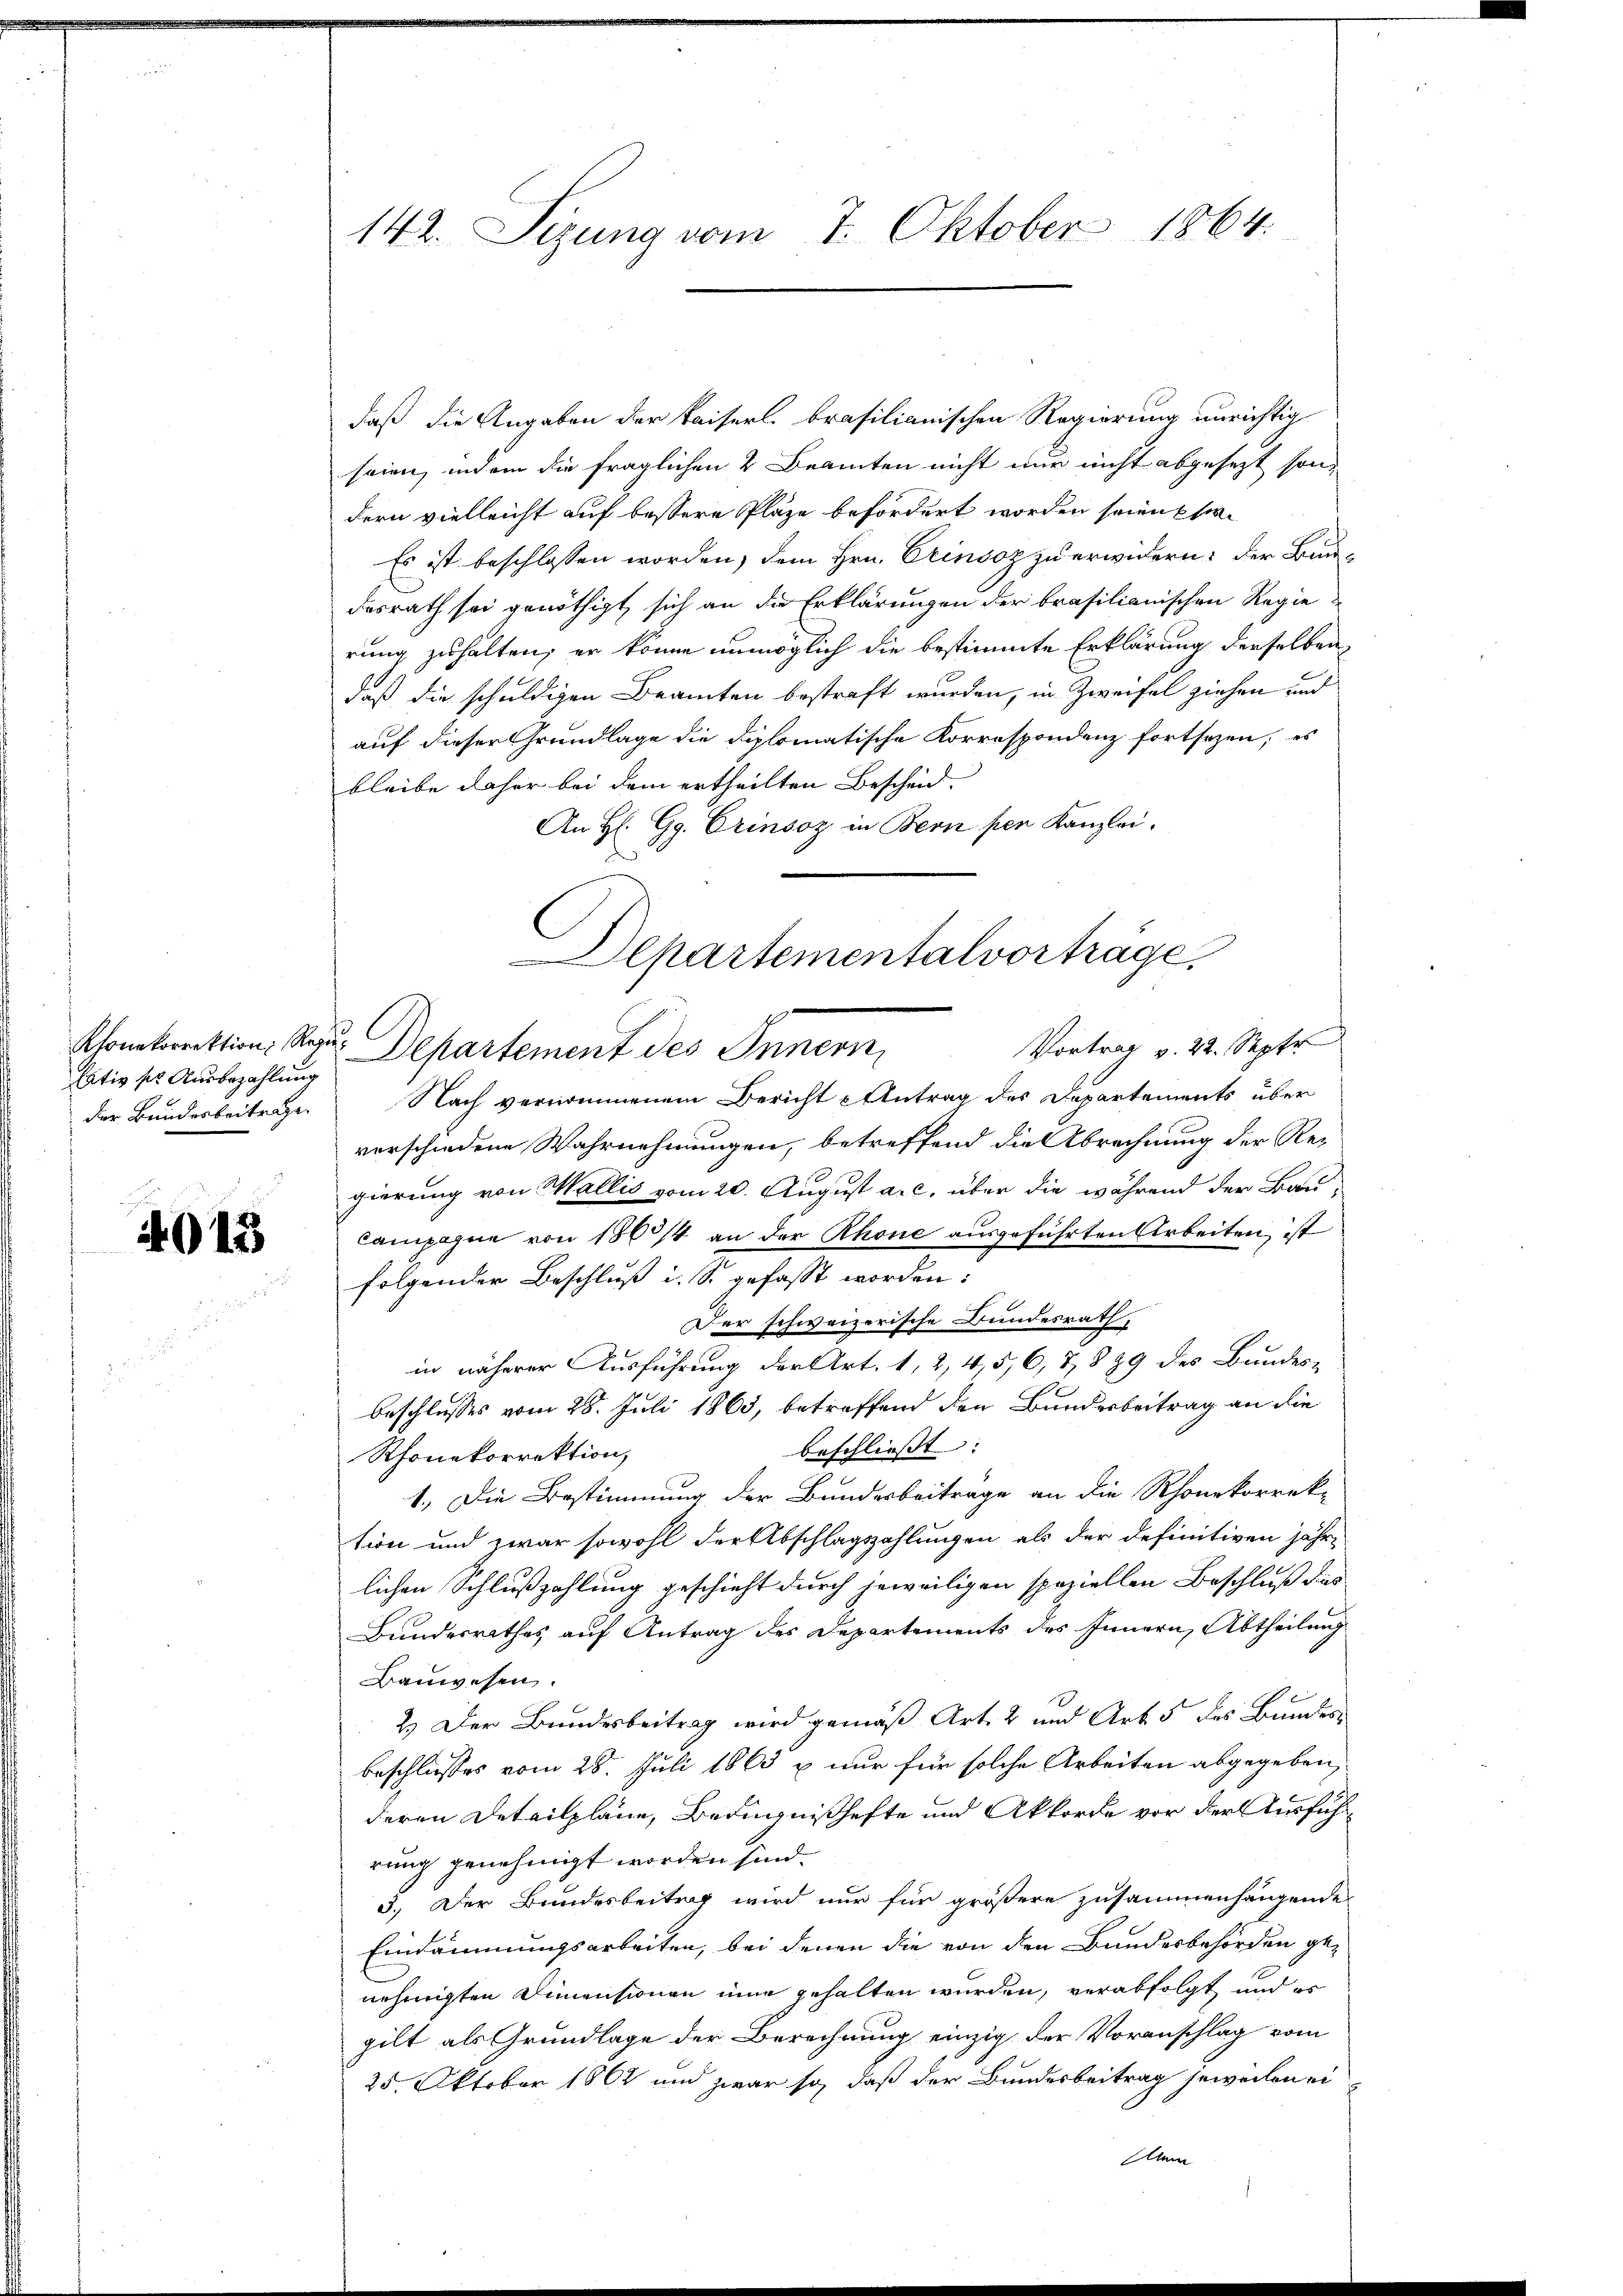
Chonkorrektion, Regielativ so Ausbezahlung

4013

daß die Angaben der Kaiserl. brasilianischen Regierung unrichtig
seien, indem die fraglichen 2 Beamten nicht nur nicht abgesezt sondern vielleicht auf bessere Plaze befördert worden seien Ehe
Es ist beschlossen worden, dem Hrn. Erinsoz zu erwidern: der Bundesrath sei genöthigt sich an die Erklärungen der brasilianischen Regie
rung zuhalten; er könne unmöglich die bestimmte Erklärung derselben
daß die schuldigen Beamten bestraft wurden, in Zweifel ziehen und
auf dieser Grundlage die diplomatische Korrespondenz fortsezen, es
bleibe daher bei dem ertheilten Bescheid.
An H. Gg. Erinsoz in Bern per Kanzlei.
der Bundesbeitrage. Nach vernommenem Bericht Antrag des Departements über
verschiedene Wahrnehmungen, betreffend die Abrechnung der Regierung von Wallis vom 20. August a. c. über die während der Bau¬
Campagne von 1863/4 an der Rhone ausgeführten Arbeiten ist
folgender Beschluß i. S. gefasst worden:
Der schweizerische Bundesrath,
in näherer Ausführung der Art. 1, 2, 4,5,6, 7 § 29 des Bundes-
beschlusses vom 28. Juli 1863, betreffend den Bundesbeitrag an die
beschließt:
Rhonekorrektion,
1.) Die Bestimmung der Bundesbeitrage an die Rhonekorrek-
tion und zwar sowohl der Abschlagszahlungen als der definitiven jährlichen Schlußzahlung geschieht durch jeweiligen speziellen Beschluß des
Bundesrathes auf Antrag des Departements des Innern, Abtheilung
Bauwesen.
2.) Der Bundesbeitrag wird gemäß Art. 2 und Art. 5 des Bundesbeschlosses vom 28. Juli 1863 u nur für solche Arbeiten abgegeben,
deren Detailpläne, Bedingnißhefte und Akkorde vor der Ausführung genehmigt worden sind.
3.) Der Bundesbeitrag wird nur für größere zusammenhängende
Eindämmungsarbeiten, bei denen die von den Bundesbehörden ge-
nehmigten Dimensionen eine gehalten werden, verabfolgt und er
gilt als Grundlage der Berechnung einzig der Voranschlag vom
25. Oktober 1861 und zwar so, daß der Bundesbeitrag jeweilen ei
Ann

142. Sizung vom 7. Oktober 1864.

Departementalvorträge,
Vortrag v. 22. Septr
Departement des Innern,